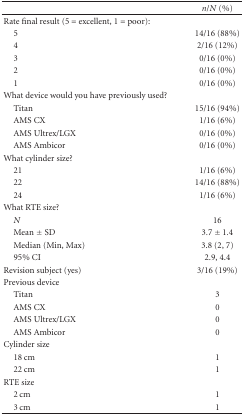
<table><thead><tr><td><b> </b></td><td><b><i>n</i>/<i>N</i> (%)</b></td></tr></thead><tbody><tr><td>Rate final result (5 = excellent, 1 = poor): </td><td> </td></tr><tr><td> 5 </td><td>14/16 (88%) </td></tr><tr><td> 4 </td><td>2/16 (12%) </td></tr><tr><td> 3 </td><td>0/16 (0%) </td></tr><tr><td> 2 </td><td>0/16 (0%) </td></tr><tr><td> 1</td><td>0/16 (0%)</td></tr><tr><td>What device would you have previously used?</td><td> </td></tr><tr><td> Titan </td><td>15/16 (94%) </td></tr><tr><td> AMS CX </td><td>1/16 (6%) </td></tr><tr><td> AMS Ultrex/LGX </td><td>0/16 (0%) </td></tr><tr><td> AMS Ambicor</td><td>0/16 (0%)</td></tr><tr><td>What cylinder size? </td><td> </td></tr><tr><td> 21 </td><td>1/16 (6%) </td></tr><tr><td> 22 </td><td>14/16 (88%) </td></tr><tr><td> 24</td><td>1/16 (6%)</td></tr><tr><td>What RTE size? </td><td> </td></tr><tr><td> <i>N </i></td><td>16 </td></tr><tr><td> Mean ± SD </td><td>3.7 ± 1.4</td></tr><tr><td> Median (Min, Max) </td><td>3.8 (2, 7) </td></tr><tr><td> 95% CI</td><td>2.9, 4.4</td></tr><tr><td>Revision subject (yes)</td><td>3/16 (19%)</td></tr><tr><td>Previous device </td><td> </td></tr><tr><td> Titan </td><td>3 </td></tr><tr><td> AMS CX </td><td>0 </td></tr><tr><td> AMS Ultrex/LGX </td><td>0 </td></tr><tr><td> AMS Ambicor</td><td>0</td></tr><tr><td>Cylinder size </td><td> </td></tr><tr><td> 18 cm </td><td>1 </td></tr><tr><td> 22 cm</td><td>1</td></tr><tr><td>RTE size </td><td> </td></tr><tr><td> 2 cm </td><td>1 </td></tr><tr><td> 3 cm</td><td>1</td></tr></tbody></table>